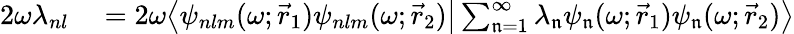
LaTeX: \begin{array}{rl}{2\omega\lambda_{nl}}&{{}=2\omega\bigl\langle\psi_{nlm}(\omega;\vec{r}_{1})\psi_{nlm}(\omega;\vec{r}_{2})\big|\sum_{\mathfrak{n}=1}^{\infty}\lambda_{\mathfrak{n}}\psi_{\mathfrak{n}}(\omega;\vec{r}_{1})\psi_{\mathfrak{n}}(\omega;\vec{r}_{2})\bigr\rangle}\end{array}